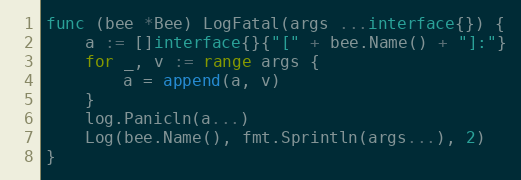
Language: Go
func (bee *Bee) LogFatal(args ...interface{}) {
	a := []interface{}{"[" + bee.Name() + "]:"}
	for _, v := range args {
		a = append(a, v)
	}
	log.Panicln(a...)
	Log(bee.Name(), fmt.Sprintln(args...), 2)
}